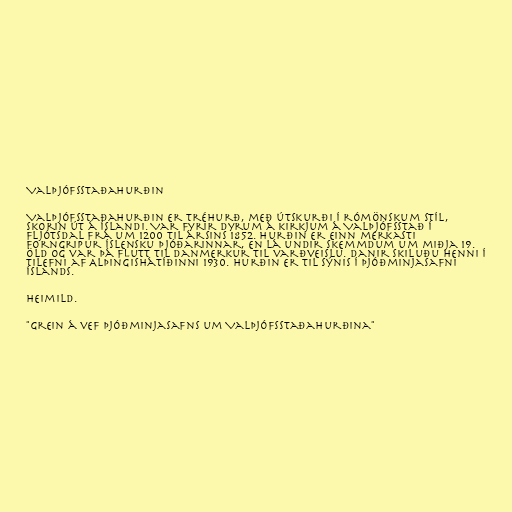
Valþjófsstaðahurðin

Valþjófsstaðahurðin er tréhurð, með útskurði í rómönskum stíl,
skorin út á Íslandi. Var fyrir dyrum á kirkjum á Valþjófsstað í
Fljótsdal frá um 1200 til ársins 1852. Hurðin er einn merkasti
forngripur Íslensku þjóðarinnar, en lá undir skemmdum um miðja 19.
öld og var þá flutt til Danmerkur til varðveislu. Danir skiluðu henni í
tilefni af Alþingishátíðinni 1930. Hurðin er til sýnis í Þjóðminjasafni
Íslands.

Heimild.

"Grein á vef Þjóðminjasafns um Valþjófsstaðahurðina"